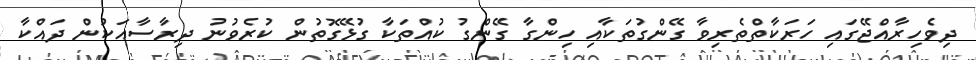
ދިވެހިރާއްޖޭގައި ހަރަކާތްތެރިވާ ގޭންގުތަކާއި ހިންގާ ގޭންގު ކުއްތަކާ ގުޅޭގޮތުން ކުރެވުނު ދިރާސާއަކުން ދައްކާ